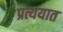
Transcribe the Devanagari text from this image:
प्रत्ययात